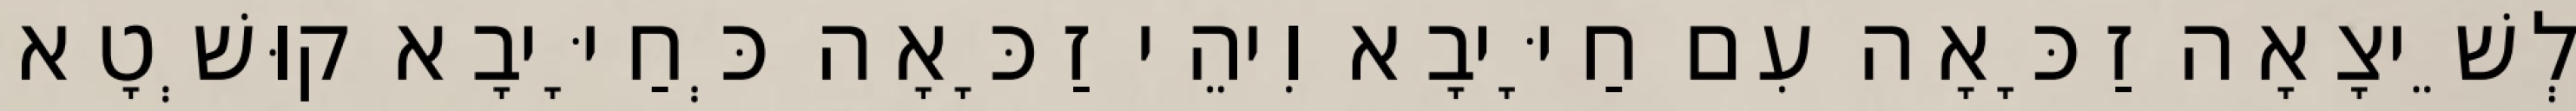
לְשֵׁיצָאָה זַכָּאָה עִם חַיָּיבָא וִיהֵי זַכָּאָה כְּחַיָּיבָא קוּשְׁטָא